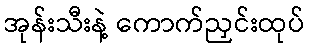
အုန်းသီးနဲ့ ကောက်ညှင်းထုပ်